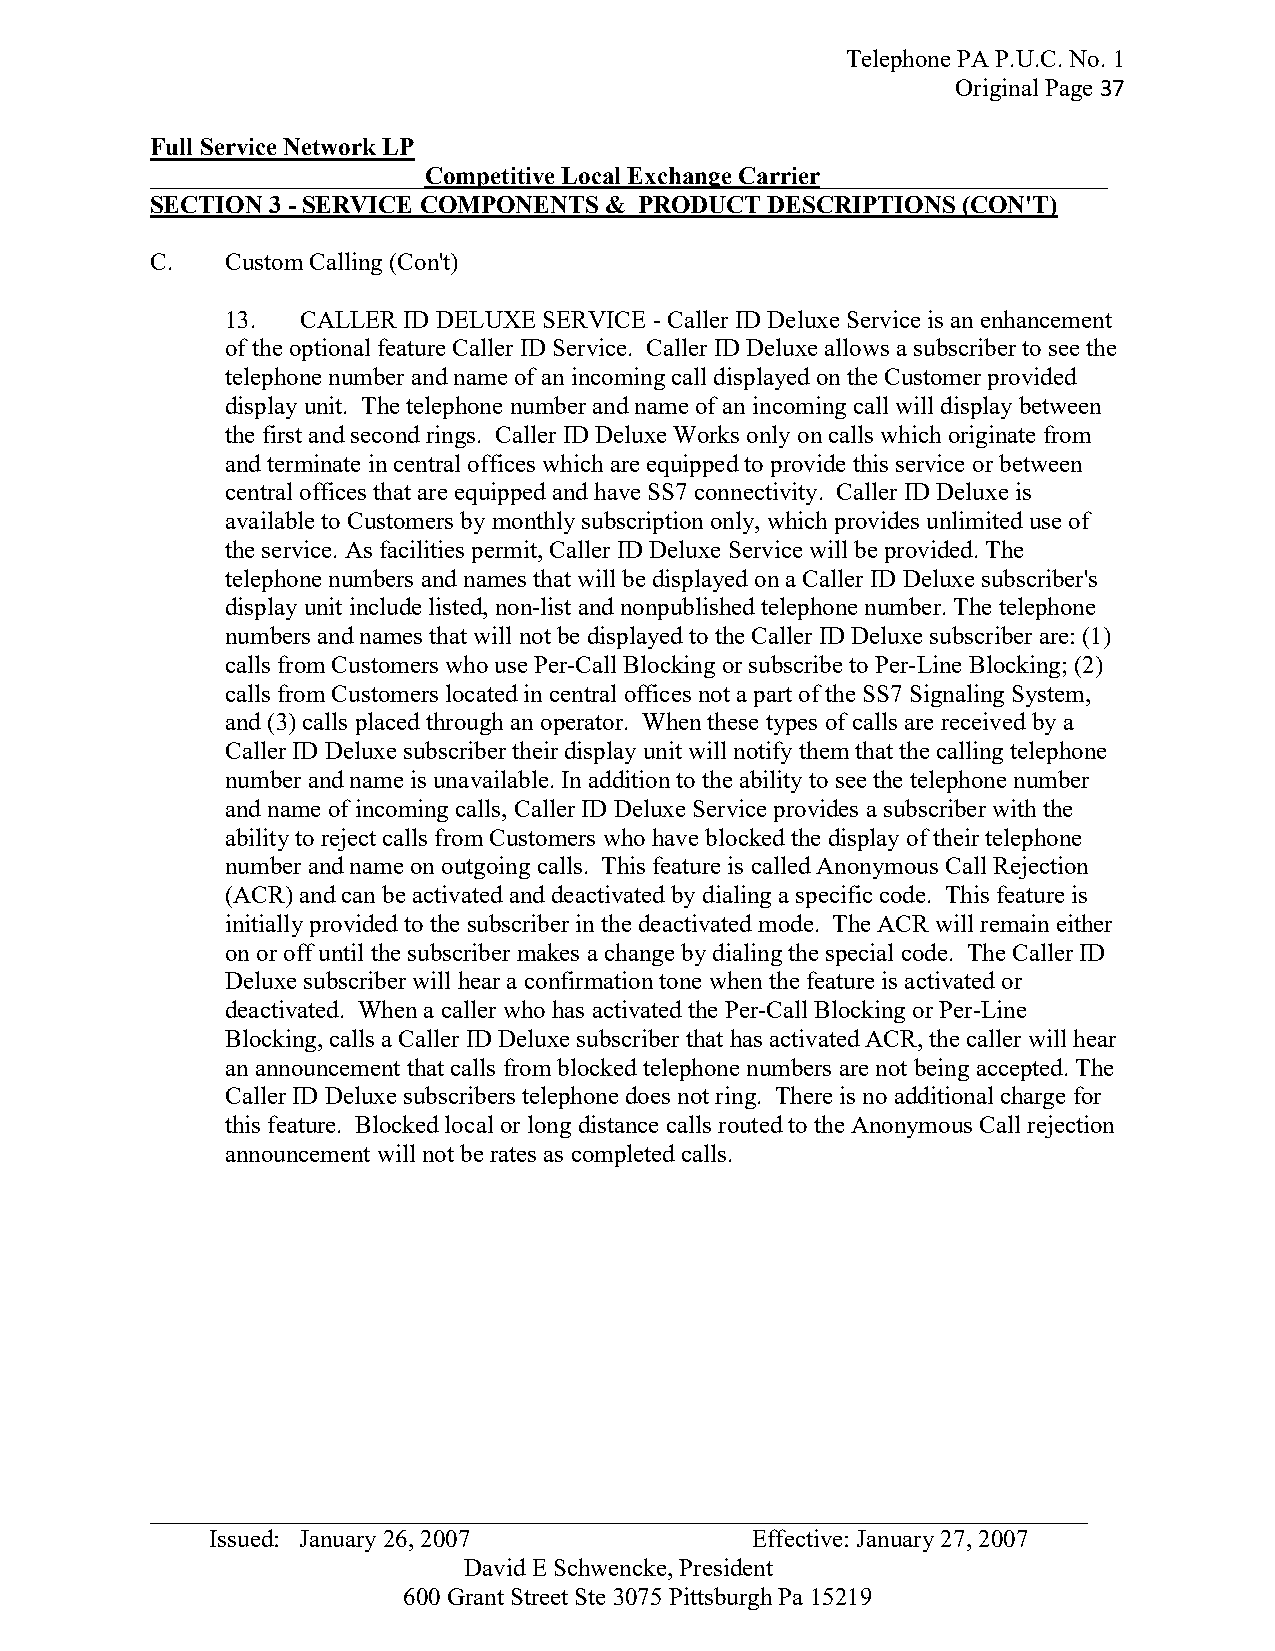
Telephone PA P.U.C. No. 1
 Original Page 37
 Full Service Network LP
 ______________________Competitive Local Exchange Carrier_______________________
 SECTION 3 - SERVICE COMPONENTS & PRODUCT DESCRIPTIONS (CON'T)
 C.   Custom Calling (Con't)
 13.  CALLER ID DELUXE SERVICE - Caller ID Deluxe Service is an enhancement
 of the optional feature Caller ID Service. Caller ID Deluxe allows a subscriber to see the
 telephone number and name of an incoming call displayed on the Customer provided
 display unit. The telephone number and name of an incoming call will display between
 the first and second rings. Caller ID Deluxe Works only on calls which originate from
 and terminate in central offices which are equipped to provide this service or between
 central offices that are equipped and have SS7 connectivity. Caller ID Deluxe is
 available to Customers by monthly subscription only, which provides unlimited use of
 the service. As facilities permit, Caller ID Deluxe Service will be provided. The
 telephone numbers and names that will be displayed on a Caller ID Deluxe subscriber's
 display unit include listed, non-list and nonpublished telephone number. The telephone
 numbers and names that will not be displayed to the Caller ID Deluxe subscriber are: (1)
 calls from Customers who use Per-Call Blocking or subscribe to Per-Line Blocking; (2)
 calls from Customers located in central offices not a part of the SS7 Signaling System,
 and (3) calls placed through an operator. When these types of calls are received by a
 Caller ID Deluxe subscriber their display unit will notify them that the calling telephone
 number and name is unavailable. In addition to the ability to see the telephone number
 and name of incoming calls, Caller ID Deluxe Service provides a subscriber with the
 ability to reject calls from Customers who have blocked the display of their telephone
 number and name on outgoing calls. This feature is called Anonymous Call Rejection
 (ACR) and can be activated and deactivated by dialing a specific code. This feature is
 initially provided to the subscriber in the deactivated mode. The ACR will remain either
 on or off until the subscriber makes a change by dialing the special code. The Caller ID
 Deluxe subscriber will hear a confirmation tone when the feature is activated or
 deactivated. When a caller who has activated the Per-Call Blocking or Per-Line
 Blocking, calls a Caller ID Deluxe subscriber that has activated ACR, the caller will hear
 an announcement that calls from blocked telephone numbers are not being accepted. The
 Caller ID Deluxe subscribers telephone does not ring. There is no additional charge for
 this feature. Blocked local or long distance calls routed to the Anonymous Call rejection
 announcement will not be rates as completed calls.
 _ __________________________________________________________________________
 Issued: January 26, 2007            Effective: January 27, 2007
 David E Schwencke, President
 600 Grant Street Ste 3075 Pittsburgh Pa 15219